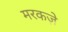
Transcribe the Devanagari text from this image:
मरकज़े